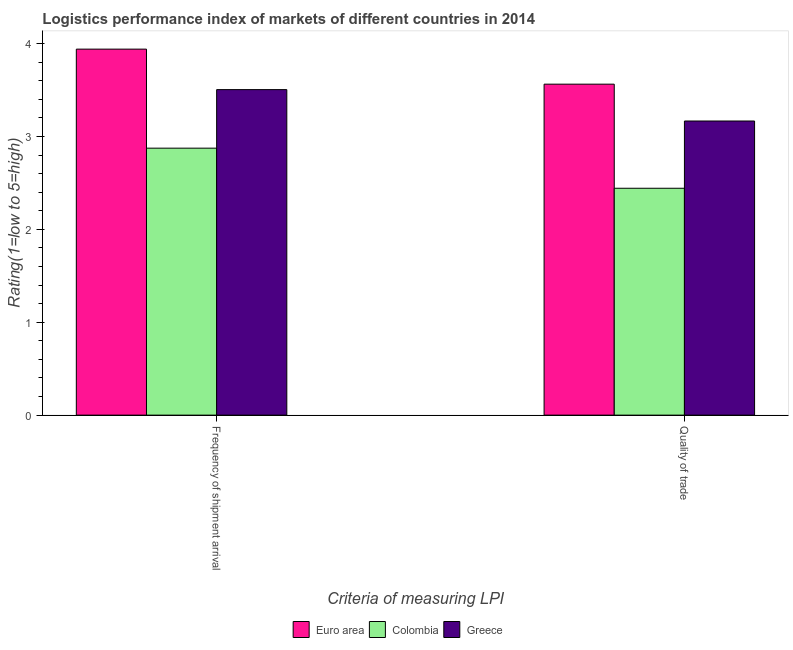
| Criteria of measuring LPI | Euro area | Colombia | Greece |
 | --- | --- | --- | --- |
 | Frequency of shipment arrival | 3.94 | 2.87 | 3.5 |
 | Quality of trade | 3.56 | 2.44 | 3.17 |